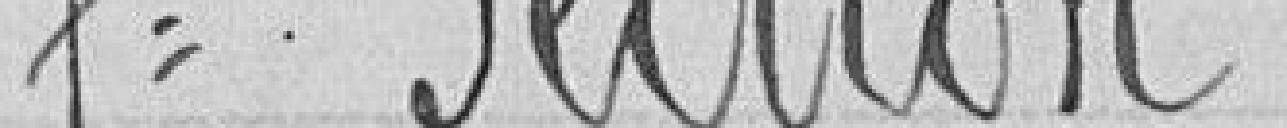
7e Section